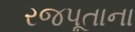
રજપૂતાના